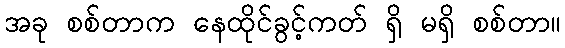
အခု စစ်တာက နေထိုင်ခွင့်ကတ် ရှိ မရှိ စစ်တာ။